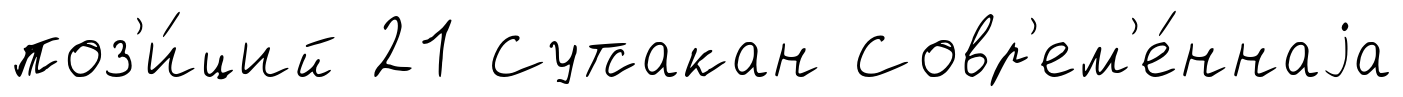
поз'и́ций 21 Сутсакан Совр'ем'е́ннаjа